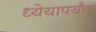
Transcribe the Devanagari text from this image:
ध्येयापर्यंत